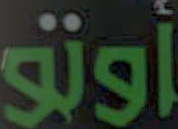
أوتو